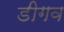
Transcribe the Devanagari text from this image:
डीगव